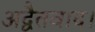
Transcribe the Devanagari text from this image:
अद्वैतवाद।